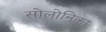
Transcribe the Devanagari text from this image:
सोलोनिका